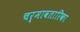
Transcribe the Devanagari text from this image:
चर्मावतारिका